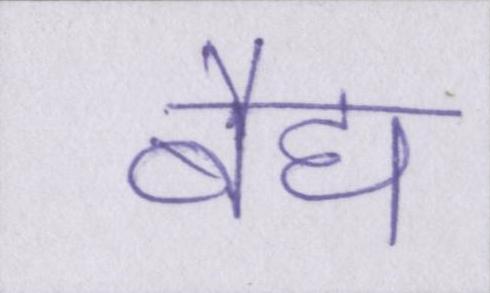
बैद्य